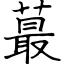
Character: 蕞